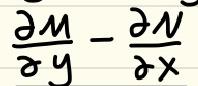
\frac{\partial M}{\partial y}-\frac{\partial N}{\partial x}